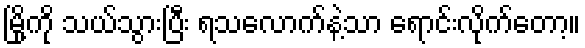
မြို့ကို သယ်သွားပြီး ရသလောက်နဲ့သာ ရောင်းလိုက်တော့။